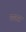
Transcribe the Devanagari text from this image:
गावाह